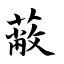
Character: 蔽